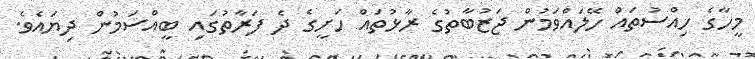
މީހާގެ ހިއްސުތައް ހޭލައްވަމުން ޖަޒުބާތުގެ ރާޅުތައް ހަށީގެ ދެ ފަރާތުގައި ބީއްސަމުން ދިޔައެވެ.